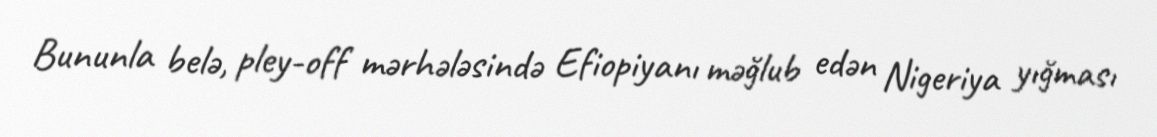
Bununla belə, pley-off mərhələsində Efiopiyanı məğlub edən Nigeriya yığması